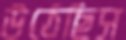
উঠেছিস